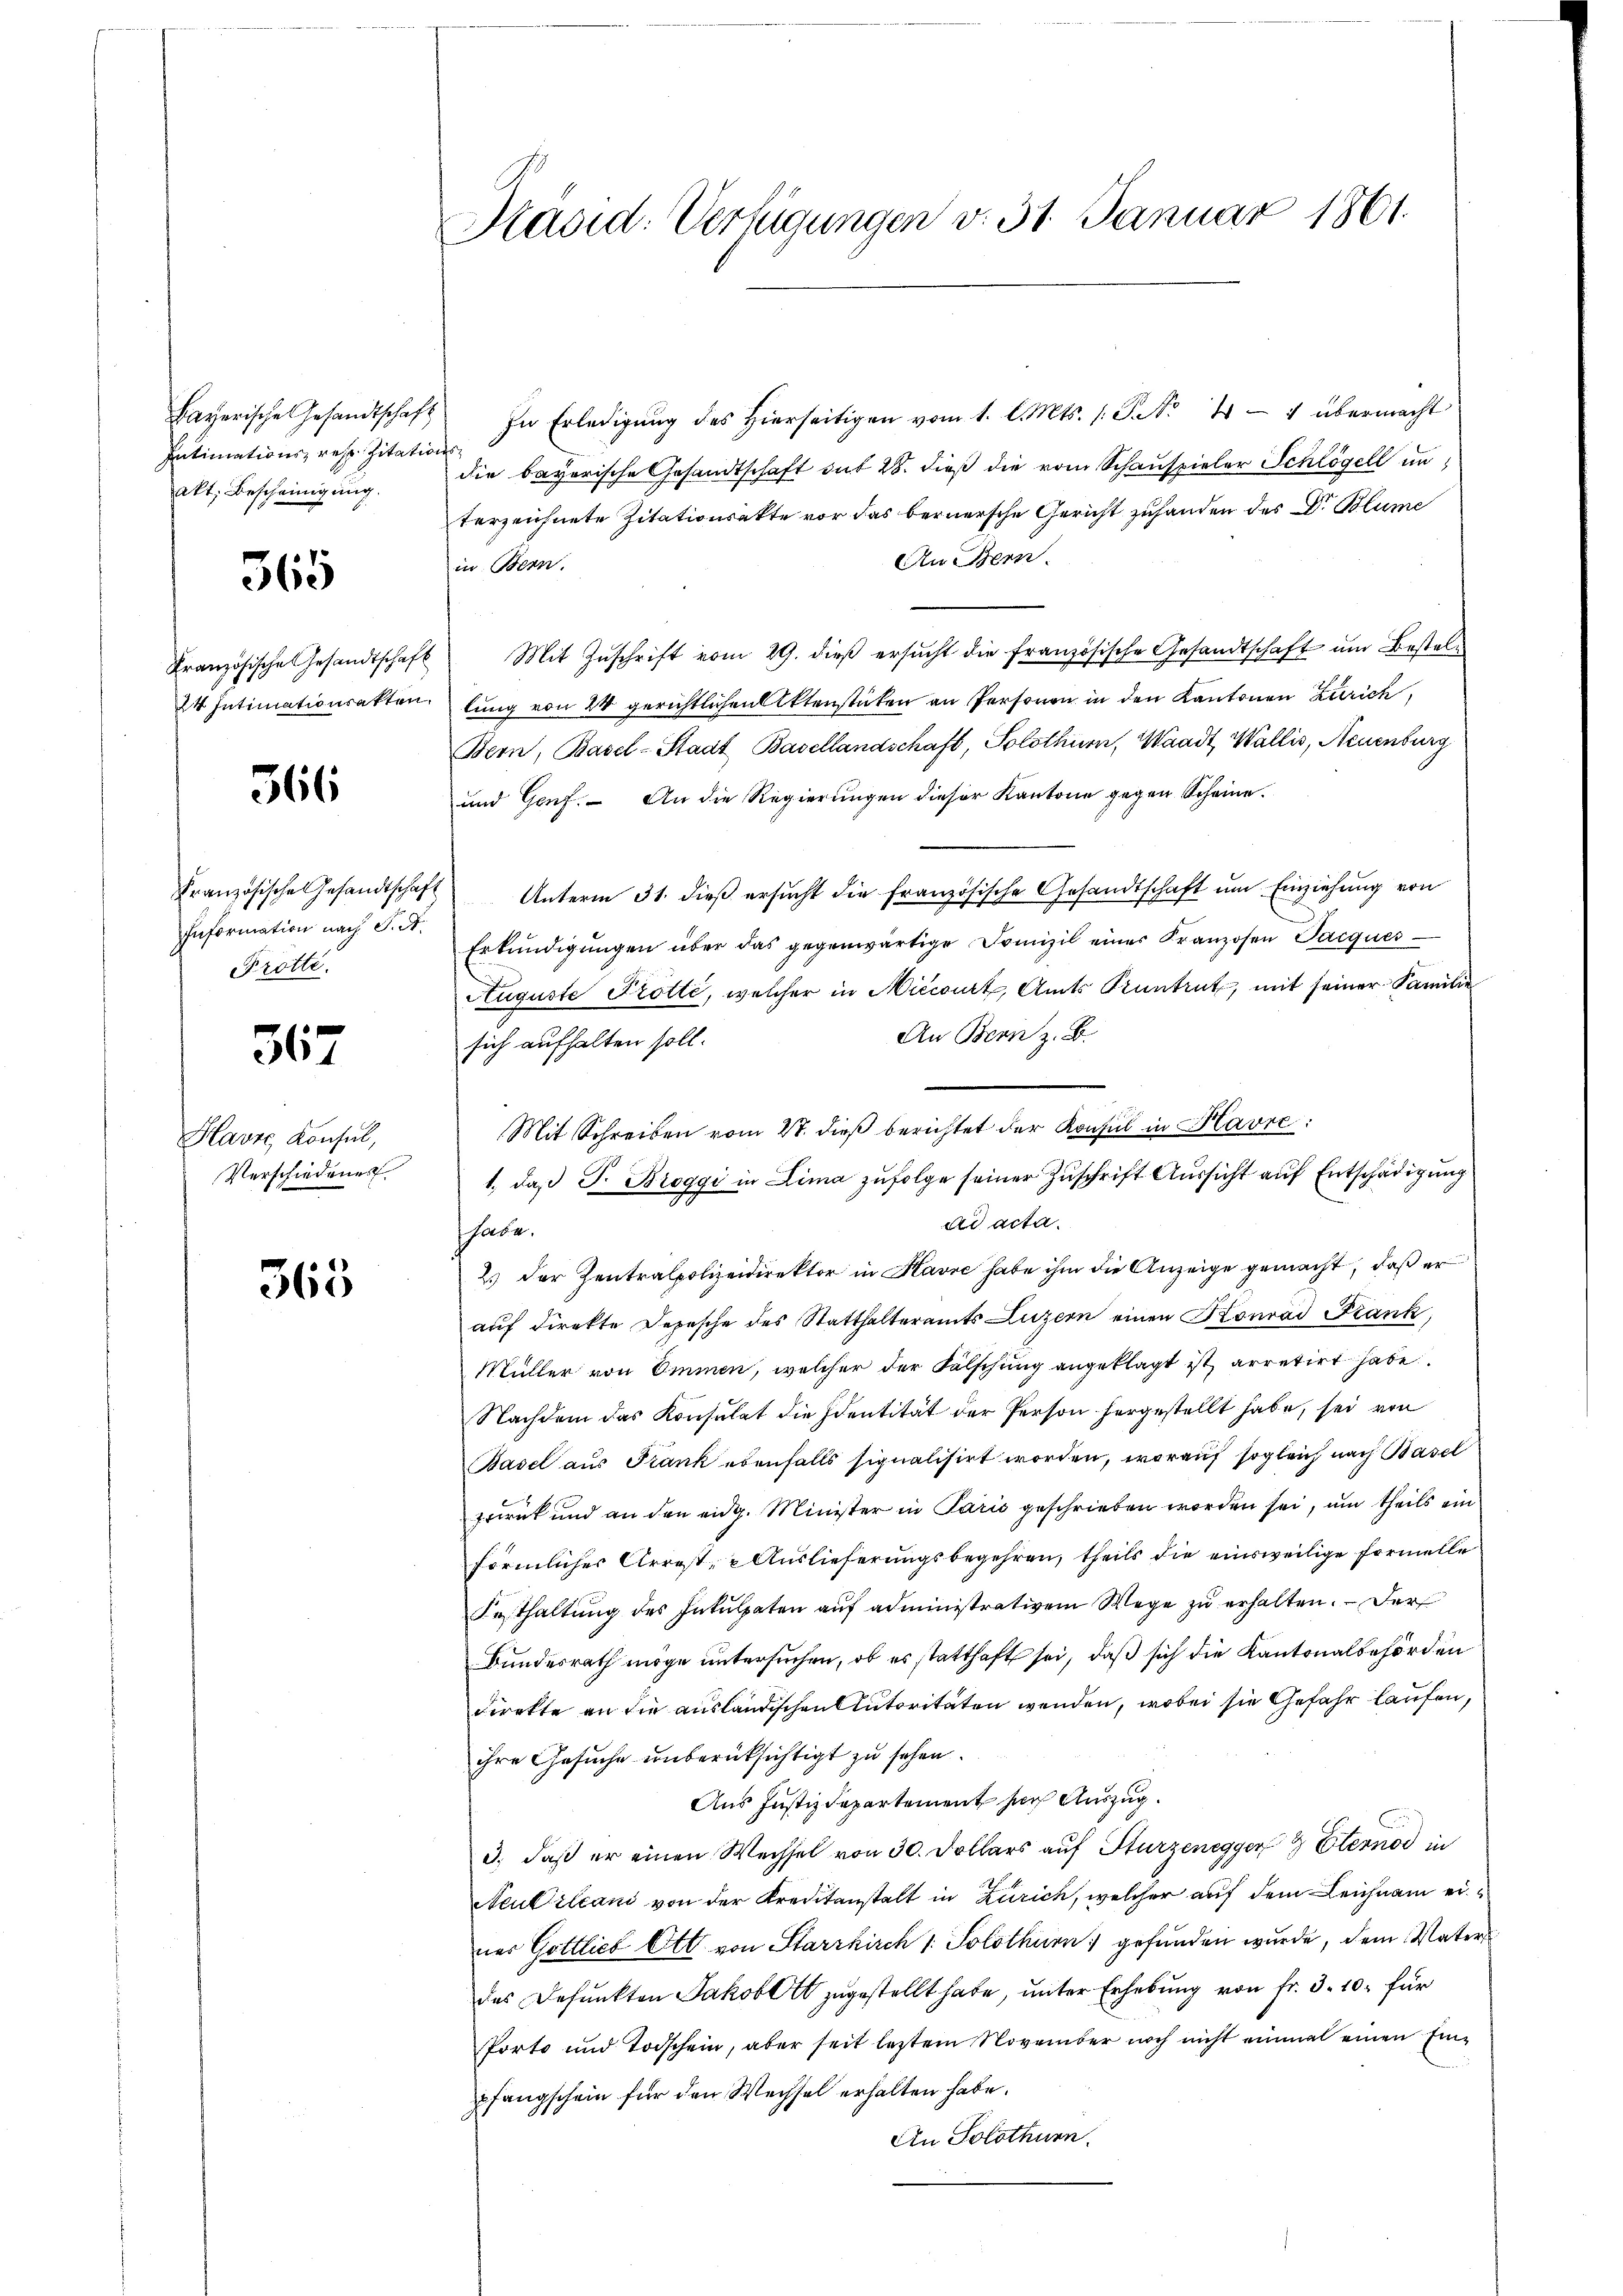
Bayerische Gesandtschaf
Intimations- resp. Zitations
akt. Bescheinigung.

365

Französische Gesandtschaft
2 Intimationsakten

566

Französische Gesandtschaf
Information nach S. St.
Trotte.

367

Havre, Konsul,
Verschiedenes

365

Kavid: Verfügungen v. 31. Januar 1861.

In Erledigung des Hierseitigen vom 1. l. Mts. 1 Pak 4 - 1 übermacht
die bayerische Gesandtschaft dit 28. dieß die vom Schauspieler Schlögell unterzeichnete Zitationsakte vor das bernersche Gericht zuhanden des Dr. Blume
An Bern.
in Bern.
 Mit Zŭschrift vom 29. dieß ersucht die französische Gesandtschaft um Bestellung von 24 gerichtlichen Aktenstücken an Personen in den Kantonen Zürich,
Bern, Basel-Stadt Basellandschaft, Solothurn, Waadt, Wallis, Neuenburg
und Genf. An die Regierungen dieser Kantone gegen Scheine.
 Unterm 31. dieß ersŭcht die französische Gesandtschaft um Einziehung von
Erkŭndigŭngen über das gegenwärtige Domizil einer Franzosen Jacques
Auguste Frötte, welcher in Niccourt, Amts Pruntrut, mit seiner Familie
An Bern z. B.
sich aufhalten soll.
1., daß P. Broggi in Lima zufolge seiner Zuschrift Aussicht auf Entschädigung
ad acta.
habe.
2.) Der Zentralpolizeidirektor in Havre habe ihm die Anzeige gemacht, daß er
auf direkte Depesche des Statthalteramts Luzern einen Konrad Frank,
Müller von Immen, welcher der Fälschung angeklagt ist, arretirt habe.
Nachdem das Konsulat die Identität der Person hergestellt habe, sei von
Basel aus Frank ebenfalls signalisirt worden, worauf sogleich nach Basel
zurück und an den eidg. Minister in Paris geschrieben worden sei, um theils ein
förmlicher Arrest u Auslieferungsbegehren, theils die einsweilige Formelle
Festhaltung des Inkulpaten auf administrativem Wege zu erhalten. Der
Bundesrath möge untersuchen, ob es statthaft sei, daß sich die Kantonalbehörden
direkte an die ausländischen Autoritäten wenden, wobei sie Gefahr laufen,
ihre Gesuche unberücksichtigt zu sehen.
Aus Justizdepartement such Auszug.
3., daß er einen Wechsel von 30. Dollars auf Sturzenegger 4 Eternod in
Neubilcani von der Kreditanstalt in Zürich, welcher auf dem Leichnam ei
ner Gottlich Ott von Starrkirch 1. Solothurn gefunden wurde, dem Vater,
das Befunkten Jakob zugestellt habe, unter Erhebung von fr. 3. 10. für
Porto und Todschein, aber seit letztem November noch nicht einmal einen Einpfangschein für den Wechsel erhalten habe.
An Solothurn.

Mit Schreiben vom 2. dieß berichtet der Konsul in Havre: